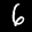
Label: 6